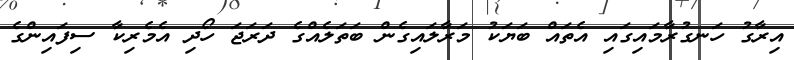
އިރާގު ހަނގުރާމައިގައި އެތައް ބަޔަކު މަރާލައިގެން ބަތަލެއްގެ ދަރަޖަ ހޯދި އެމެރިކާ ސިފައިންގެ